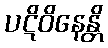
ပဋိဝိနေန္တိ